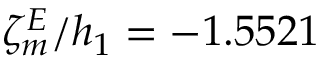
\zeta _ { m } ^ { E } / h _ { 1 } = - 1 . 5 5 2 1